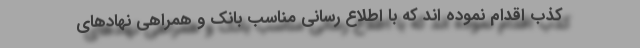
کذب اقدام نموده اند که با اطلاع رسانی مناسب بانک و همراهی نهادهای